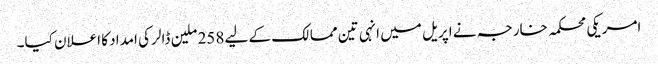
امریکی محکمہ خارجہ نے اپریل میں انہی تین ممالک کے لیے 258 ملین ڈالر کی امداد کا اعلان کیا۔